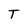
Character: T